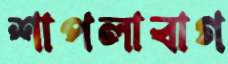
শাপলাবাগ